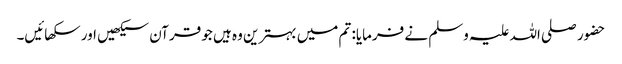
حضور صلی اللہ علیہ وسلم نے فرمایا: تم میں بہترین وہ ہیں جو قرآن سیکھیں اور سکھائیں۔